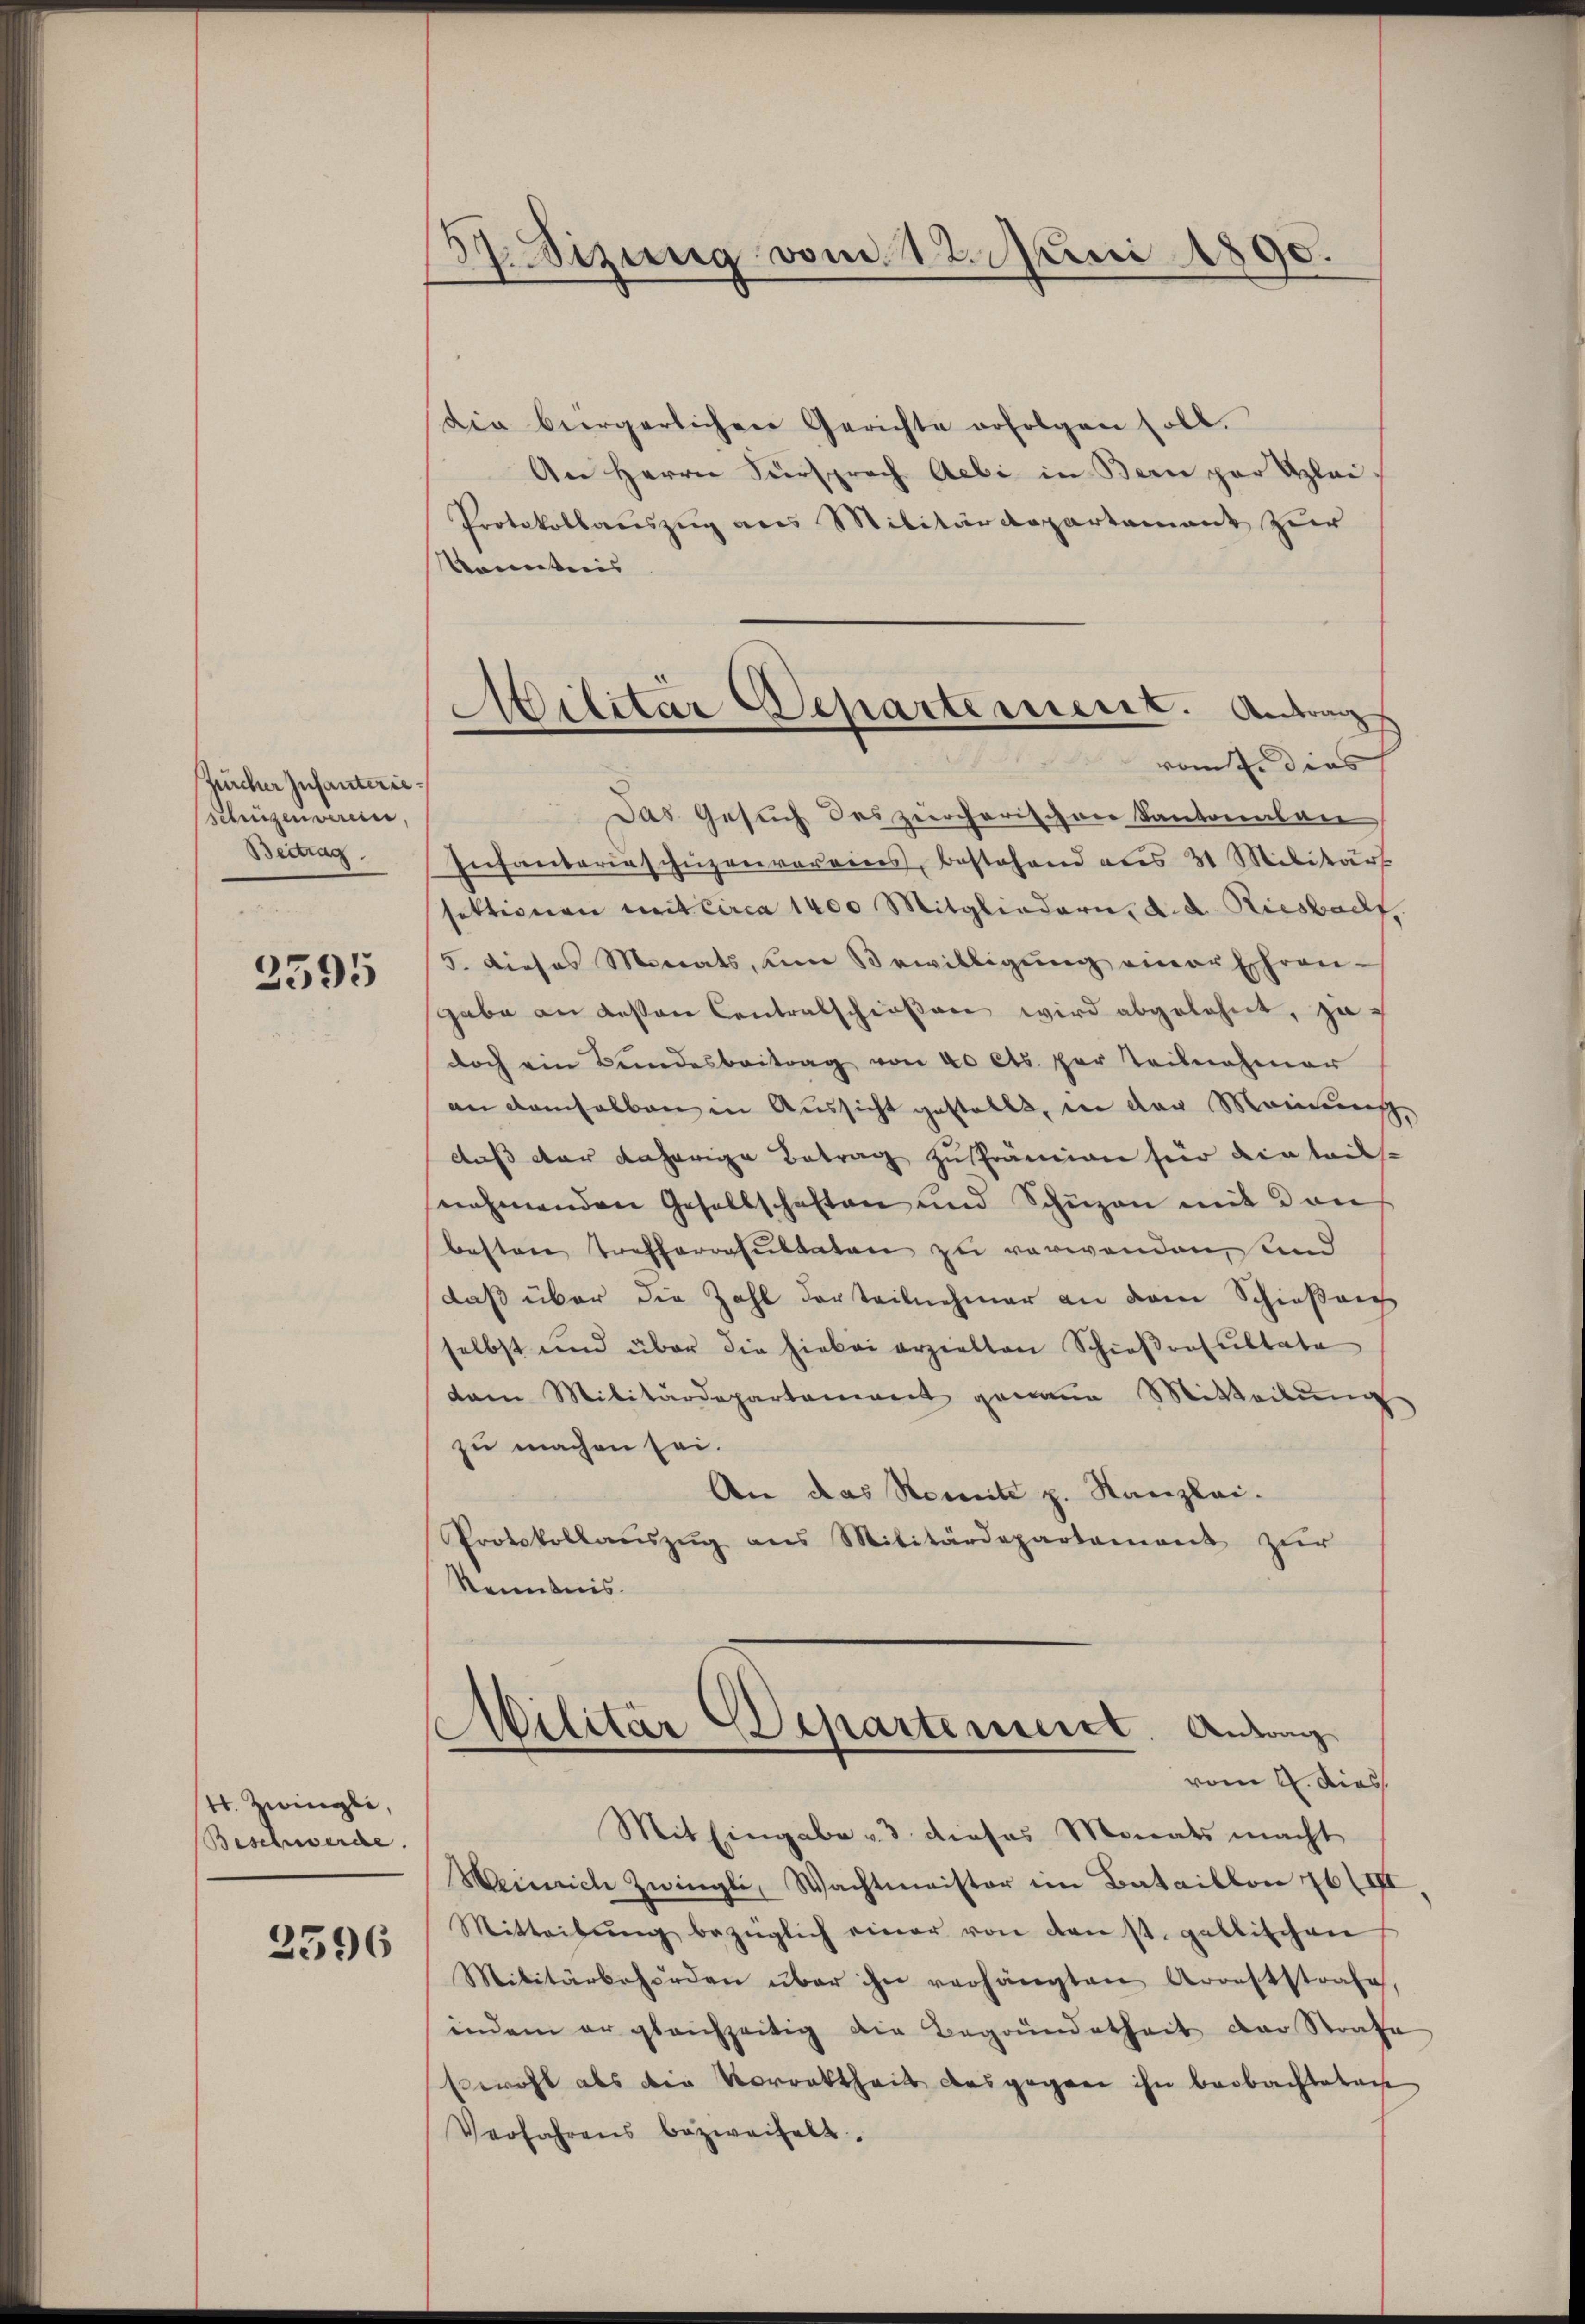
Zürcher Infanterie¬
Schüzenverein,
Beitrag.

2595

1t. Zwingli,
Beschwerde.
2596

57. Sizung vom 12. Juni 1890.

Militar Departement. Antrag
von dies

die bürgerlichen Gerichte erfolgen soll.
An Herrn Fürsprach Aebi in Bern par Klei
Protokollauszug aus Militärdepartamant zur
Konntens
Das Gesuch des zürcherischen Kantonalan
Infanterieschüzenvoraires, bestehend aus 31 Militärs
sektionen mit circa 1400 Mitgliedern, d. d. Riesbach
5. dieses Monats, um Bewilligŭng einer Ehren-
gabe an dessen Centralschießen wird abgelehnt, zudoch ein Bundesbeitrag von 40 Cts. per Teilnahmer
an demselben in Aussicht gestellt, in der Meinung,
daß der daherige Betrag zu Prämien für die tails
nehmenden Gesellschaften und Schüzen mit den
besten Trefferresultaten zu verwenden, und
daß über die Zahl der teilnehmer an dem Schießei
selbst und über die hiebei erzielten Schieβresultate
dam Militärdepartenweit genaue Mitteilŭng
zu machen sei.
An das Renitz z. Kanzlei.
Protokollauszug aus Militärdepartement zur
Kenntnis.
Militar Departement. Andang
vom 4. dies
Mit Eingabe & 3 dieses Monats macht
Weinrich Zwingli, Wachtmeister im Bataillon 26 (III
Mitteilŭng bezüglich einer von const. gallischen
Militärbehörden über ihn verhängten Arreststrafe,
indem er gleichzeitig die Begründetheit der Strafe
swohl als die Vorrektheit das gegen ihn beobachteten
Verfahrens bezweifelt.